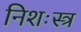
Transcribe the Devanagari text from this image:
निशःस्त्र